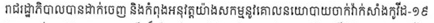
រាជរដ្ឋាភិបាលបានដាក់ចេញ និងកំពុងអនុវត្តយ៉ាងសកម្មនូវគោលនយោបាយចាក់វ៉ាក់សាំងកូវីដ-១៩